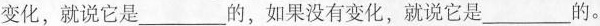
变化，就说它是___的，如果没有变化，就说它是___的。